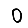
Digit: 0